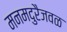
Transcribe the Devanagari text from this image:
मनमदुरैजवळ